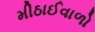
મીઠાઈવાળો